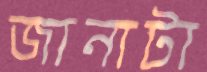
জানাটা